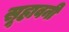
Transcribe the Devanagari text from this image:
सूहावनी